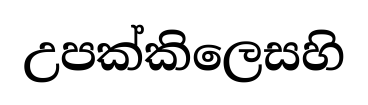
උපක්කිලෙසහි